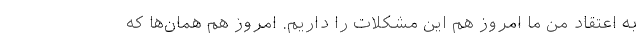
به اعتقاد من ما امروز هم این مشکلات را داریم. امروز هم همان‌ها که